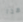
هذا